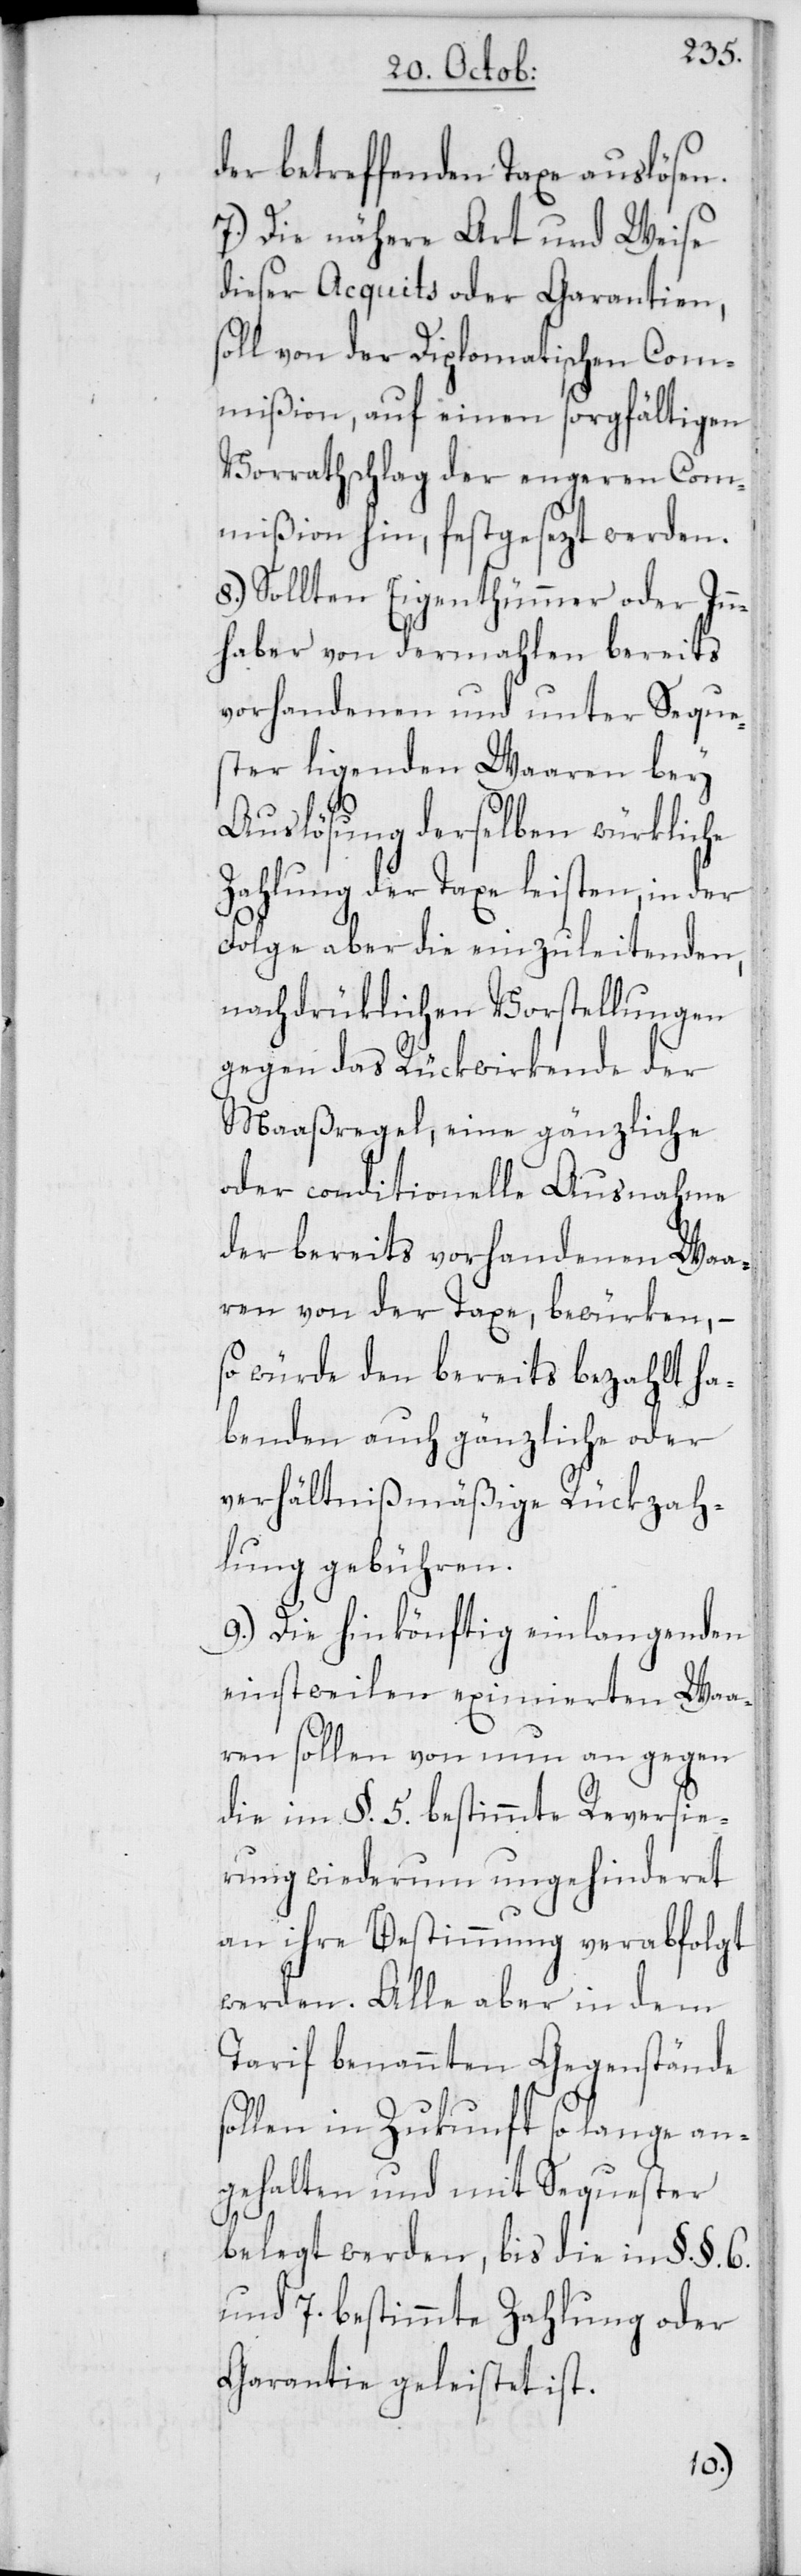
der betreffenden Taxe auslösen.
7. Die nähere Art und Weise
dieser Acquits oder Garantien,
von der Diplomatischen Com¬
mißion, auf einen sorgfältigen
Vorrathschlag der engeren Com¬
mißion hin, festgesezt werden.
8. Sollten Eigenthümmer oder Inn¬
haber von dermahlen bereits
vorhandenen und unter Seque¬
ster ligenden Waaren bey
Auslösung derselben würkliche
Zahlung der Taxe leisten, in der
Folge aber die einzuleitenden,
nachdrüklichen Vorstellungen
gegen das Rückwirkende der
Maaßregel, eine gänzliche
oder conditionelle Ausnahme
der bereits vorhandenen Waa¬
ren von der Taxe, bewürken, –
so würde den bereits bezahlt ha¬
benden auch gänzliche oder
verhältnißmäßige Rückzah¬
lung gebühren.
9. Die hinkönftig einlangenden
einstweilen eximierten Waa¬
ren sollen von nun an gegen
die im §. 5. bestimmte Reversie¬
rung wiederum ungehinderet
an ihre Bestimmung verabfolgt
werden. Alle aber in dem
Tarif benannten Gegenstände
sollen in Zukunft so lange an¬
gehalten und mit Sequester
belegt werden, bis die in §. §. 6.
und 7. bestimmte Zahlung oder
Garantie geleistet ist.